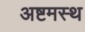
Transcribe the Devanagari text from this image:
अष्टमस्थ